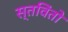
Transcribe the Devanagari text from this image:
स्तविंतो